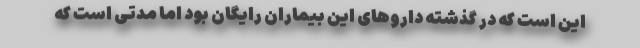
این است که در گذشته داروهای این بیماران رایگان بود اما مدتی است که